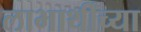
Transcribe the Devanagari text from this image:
लाभार्थींच्या